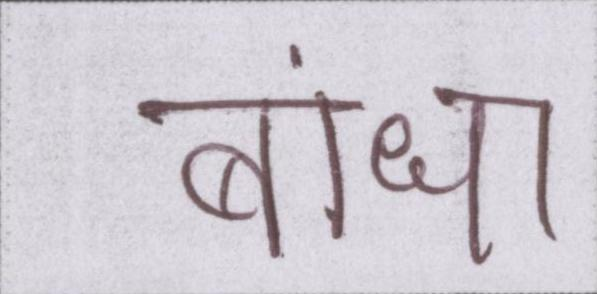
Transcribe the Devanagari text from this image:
बांधा